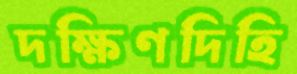
দক্ষিণদিহি